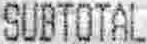
SUBTOTAL